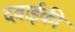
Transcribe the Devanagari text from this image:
दवाईकी